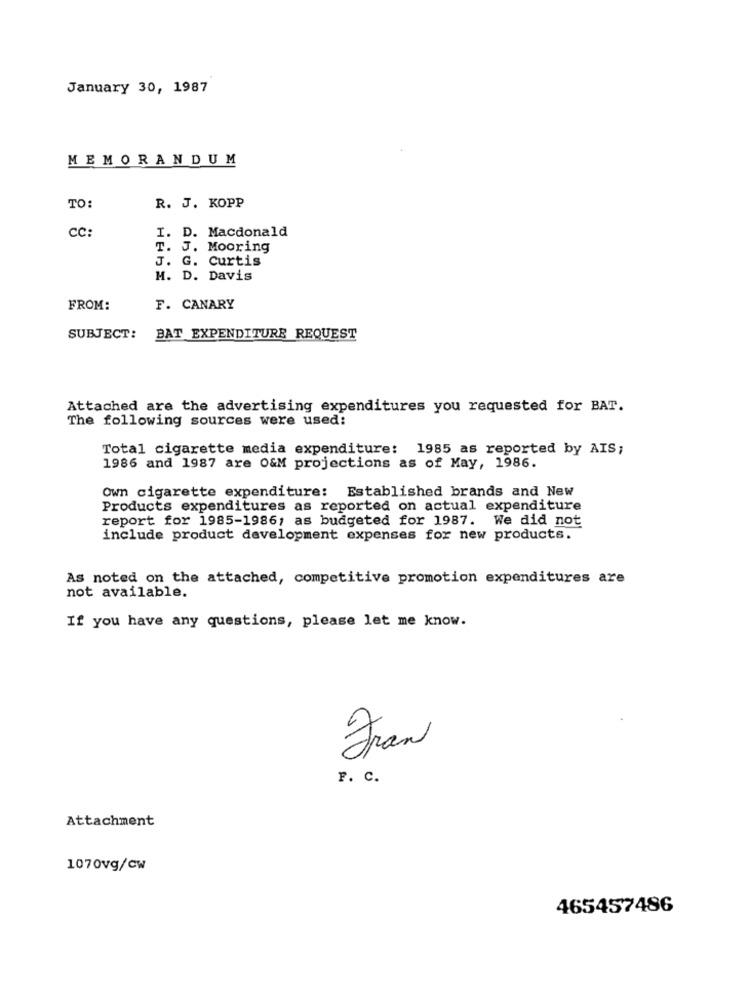
January 30, 1987
MEMORANDUM
TO:
R. J. KOPP
I. D. Macdonald
CC:
T. J. Mooring
J. G. Curtis
M. D. Davis
FROM:
F. CANARY
SUBJECT:
BAT EXPENDITURE REQUEST
Attached are the advertising expenditures you requested for BAT.
The following sources were used:
Total cigarette media expenditure: 1985 as reported by AIS;
1986 and 1987 are O&M projections as of May, 1986.
Own cigarette expenditure: Established brands and New
Products expenditures as reported on actual expenditure
report for 1985-1986; as budgeted for 1987. We did not
include product development expenses for new products.
As noted on the attached, competitive promotion expenditures are
not available.
If you have any questions, please let me know.
Fran
F. c.
Attachment
1070vg/cw
465457486